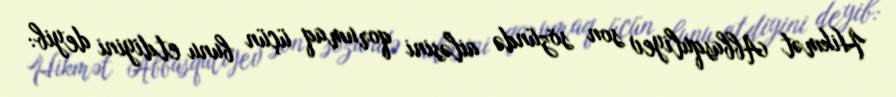
Hikmət Abbasquliyev son sözündə ailəsini qorumaq üçün bunu etdiyini deyib: